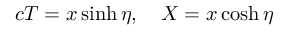
c T = x \sinh \eta , \quad X = x \cosh \eta